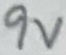
Text: 9V